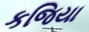
કજિયા